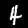
Digit: 4